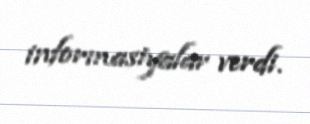
informasiyalar verdi.